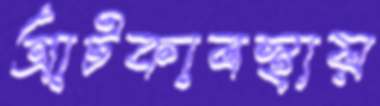
আটকাবস্থায়